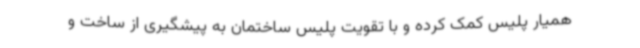
همیار پلیس کمک کرده و با تقویت پلیس ساختمان به پیشگیری از ساخت و